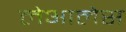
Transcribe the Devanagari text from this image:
लेआलेस